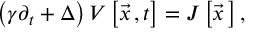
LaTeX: \left( \gamma \partial _ { t } + \Delta \right) V \left[ \vec { x } { \, } , t \right] = J \left[ { \vec { x } } { \, } \right] ,